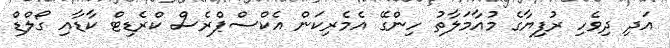
އަދި ދިވެހި ރުފިޔާގެ މުއާމަލާތު ހިންގޭ އެމެރިކަން އެކްސްޕްރެސް ކްރެޑިޓް ކާޑާއި ގޯލްޑް